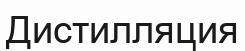
Дистилляция